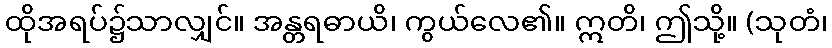
ထိုအရပ်၌သာလျှင်။ အန္တရဓာယိ၊ ကွယ်လေ၏။ ဣတိ၊ ဤသို့။ (သုတံ၊